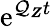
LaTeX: \mathrm{e}^{\mathcal{Q}_{\boldsymbol Z}t}